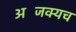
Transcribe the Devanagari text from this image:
अजिंक्यच